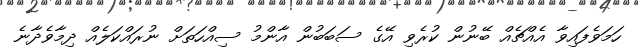
ހަމަވެފައިވާ އެއްޗެއް ބޭނުން ކުރެވި އޭގެ ސަބަބުން އާންމު ސިއްހަތަށް ނުރައްކަލެއް ދިމާވެދާނެ